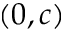
\left( 0 , c \right)